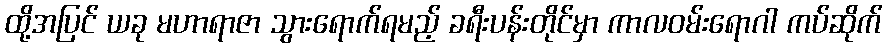
ထို့အပြင် ယခု မဟာရာဇာ သွားရောက်ရမည့် ခရီးပန်းတိုင်မှာ ကာလဝမ်းရောဂါ ကပ်ဆိုက်